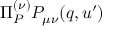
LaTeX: \Pi _ { P } ^ { ( \nu ) } P _ { \mu \nu } ( q , u ^ { \prime } )